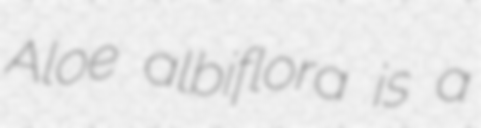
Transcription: Aloe albiflora is a